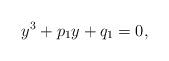
LaTeX: \begin{align*}y^{3}+p_{1}y+q_{1}=0,\end{align*}